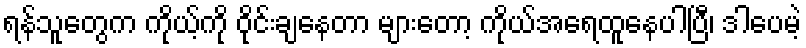
ရန်သူတွေက ကိုယ့်ကို ဝိုင်းချနေတာ များတော့ ကိုယ်အရေထူနေပါပြီ၊ ဒါပေမဲ့